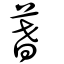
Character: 蓍